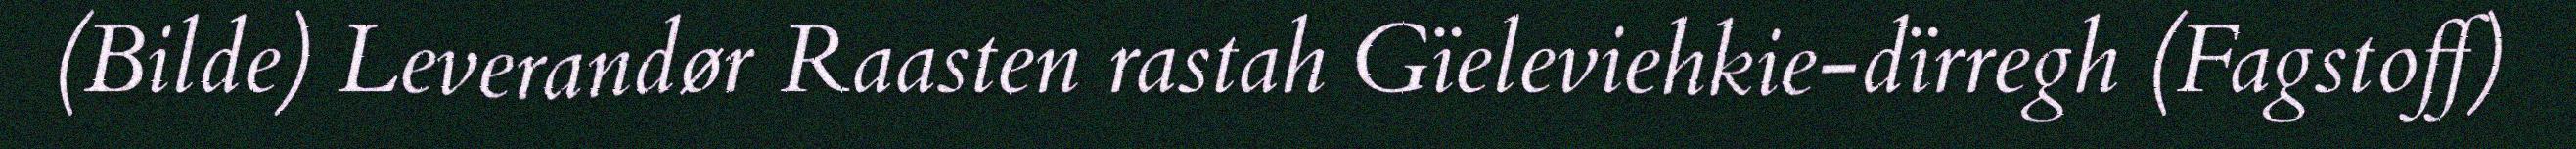
(Bilde) Leverandør Raasten rastah Gïeleviehkie-dïrregh (Fagstoff)